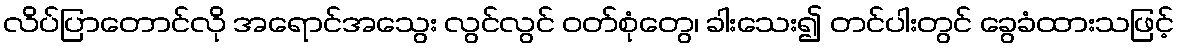
လိပ်ပြာတောင်လို အရောင်အသွေး လွင်လွင် ဝတ်စုံတွေ၊ ခါးသေး၍ တင်ပါးတွင် ခွေခံထားသဖြင့်